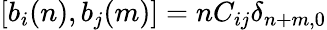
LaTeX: [b_{i}(n),b_{j}(m)]=nC_{ij}\delta_{n+m,0}